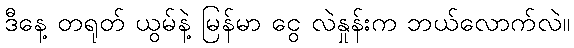
ဒီနေ့ တရုတ် ယွမ်နဲ့ မြန်မာ ငွေ လဲနှုန်းက ဘယ်လောက်လဲ။